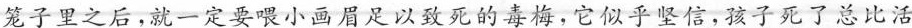
笼子里之后，就一定要喂小画眉足以致死的毒梅，它似乎坚信，孩子死了总比活